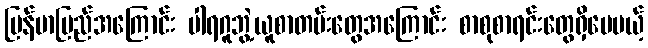
မြန်မာပြည်အကြောင်း ပါရဂူဘွဲ့ယူစာတမ်းတွေအကြောင်း စာစုစာရင်းတွေရှိပေမယ့်